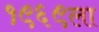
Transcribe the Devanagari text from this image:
१९६९ला